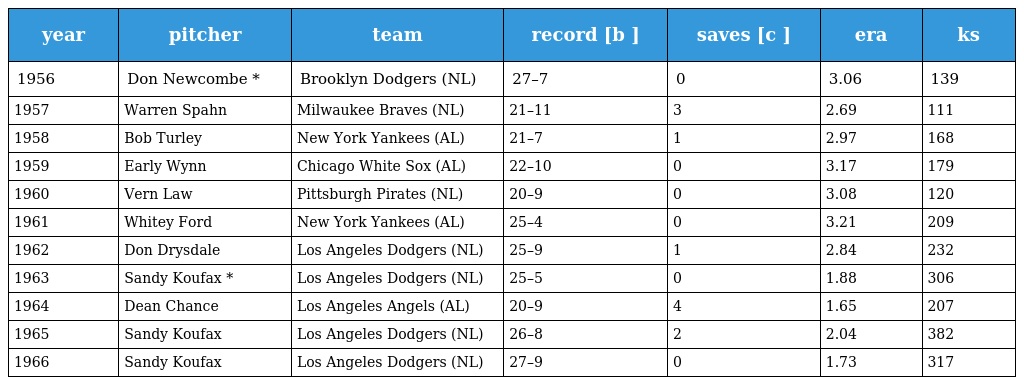
| year | pitcher | team | record [b ] | saves [c ] | era | ks |
 | --- | --- | --- | --- | --- | --- | --- |
 | 1956 | Don Newcombe * | Brooklyn Dodgers (NL) | 27–7 | 0 | 3.06 | 139 |
 | 1957 | Warren Spahn | Milwaukee Braves (NL) | 21–11 | 3 | 2.69 | 111 |
 | 1958 | Bob Turley | New York Yankees (AL) | 21–7 | 1 | 2.97 | 168 |
 | 1959 | Early Wynn | Chicago White Sox (AL) | 22–10 | 0 | 3.17 | 179 |
 | 1960 | Vern Law | Pittsburgh Pirates (NL) | 20–9 | 0 | 3.08 | 120 |
 | 1961 | Whitey Ford | New York Yankees (AL) | 25–4 | 0 | 3.21 | 209 |
 | 1962 | Don Drysdale | Los Angeles Dodgers (NL) | 25–9 | 1 | 2.84 | 232 |
 | 1963 | Sandy Koufax * | Los Angeles Dodgers (NL) | 25–5 | 0 | 1.88 | 306 |
 | 1964 | Dean Chance | Los Angeles Angels (AL) | 20–9 | 4 | 1.65 | 207 |
 | 1965 | Sandy Koufax | Los Angeles Dodgers (NL) | 26–8 | 2 | 2.04 | 382 |
 | 1966 | Sandy Koufax | Los Angeles Dodgers (NL) | 27–9 | 0 | 1.73 | 317 |